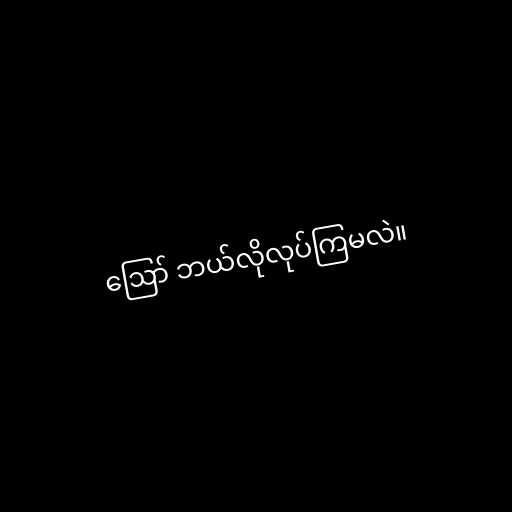
ဪ ဘယ်လိုလုပ်ကြမလဲ။